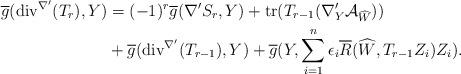
LaTeX: \begin{align*}\overline{g}(\mathrm{div}^{\nabla'}(T_{r}), Y)&=(-1)^{r}\overline{g}(\nabla'S_{r},Y)+\mathrm{tr}(T_{r-1}(\nabla'_{Y}\mathcal{A}_{\widehat{W}}))\\&+\overline{g}(\mathrm{div}^{\nabla'}(T_{r-1}),Y) + \overline{g}(Y, \sum_{i=1}^{n}\epsilon_{i}\overline{R}(\widehat{W},T_{r-1}Z_{i})Z_{i}).\end{align*}